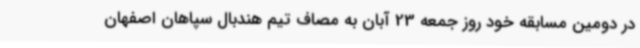
در دومین مسابقه خود روز جمعه 23 آبان به مصاف تیم هندبال سپاهان اصفهان